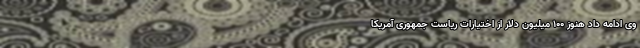
وی ادامه داد هنوز ۱۰۰ میلیون دلار از اختیارات ریاست جمهوری آمریکا